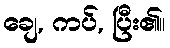
ချေ, ကပ်, ပြီး၏။